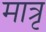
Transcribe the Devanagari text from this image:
मात्रृ